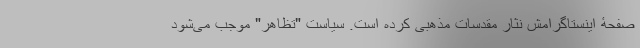
صفحۀ اینستاگرامش نثار مقدسات مذهبی کرده است. سیاست "تظاهر" موجب می‌شود